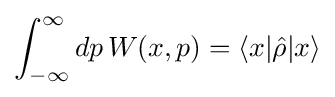
\int _{-\infty }^{\infty }dp\,W(x,p)=\langle x|{\hat {\rho }}|x\rangle